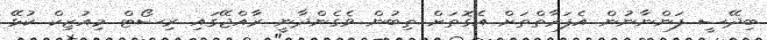
ބިދޭސީ ފަންނާނުން އެފަރާތްތަށް އެގޮތަށް ތިބުން ވެގެންދާނީ ރާއްޖޭގައި ރިސޯޓް މިއުޒިކް ކުޅޭ